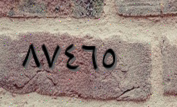
٨٧٤٦٥